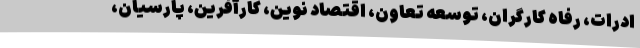
ادرات، رفاه کارگران، توسعه تعاون، اقتصاد نوین، کارآفرین، پارسیان،